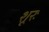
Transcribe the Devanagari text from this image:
शूरः